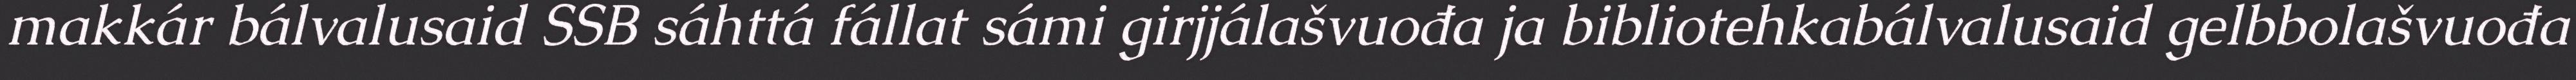
makkár bálvalusaid SSB sáhttá fállat sámi girjjálašvuođa ja bibliotehkabálvalusaid gelbbolašvuođa